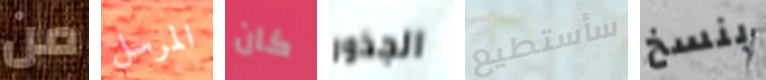
من المرسل كان الجذور سأستطيع بنسخ